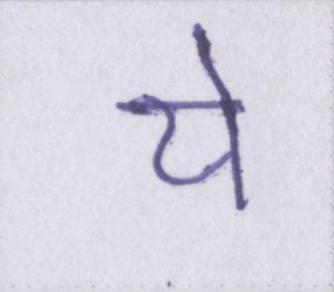
ये